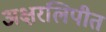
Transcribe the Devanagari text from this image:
अक्षरलिपीत